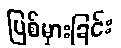
ပြစ်မှားခြင်း